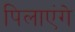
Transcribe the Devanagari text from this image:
पिलाएंगे